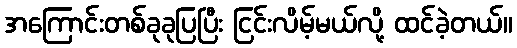
အကြောင်းတစ်ခုခုပြပြီး ငြင်းလိမ့်မယ်လို့ ထင်ခဲ့တယ်။